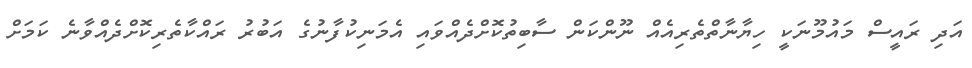
އަދި ރައީސް މައުމޫނަކީ ހިޔާނާތްތެރިއެއް ނޫންކަން ސާބިތުކޮށްދެއްވައި އެމަނިކުފާނުގެ އަބުރު ރައްކާތެރިކޮށްދެއްވާނެ ކަމަށް